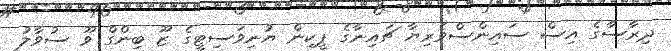
ދިރާސާގެ އިސް ސައިންސްވެރިޔާ ޗައިނާގެ ޕީކިން ޔުނިވަސިޓީގެ ޒޫ ބިންގް ވޫ ސުވާލު